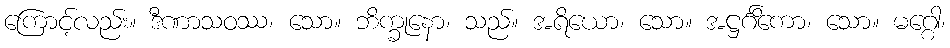
ကြောင့်လည်း။ ဒီဏာသဝဿ၊ သော။ ဘိက္ခုနော၊ သည်။ အရိယော၊ သော။ အဋ္ဌင်္ဂိကော၊ သော။ မဂ္ဂေါ၊